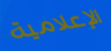
الإعلامية